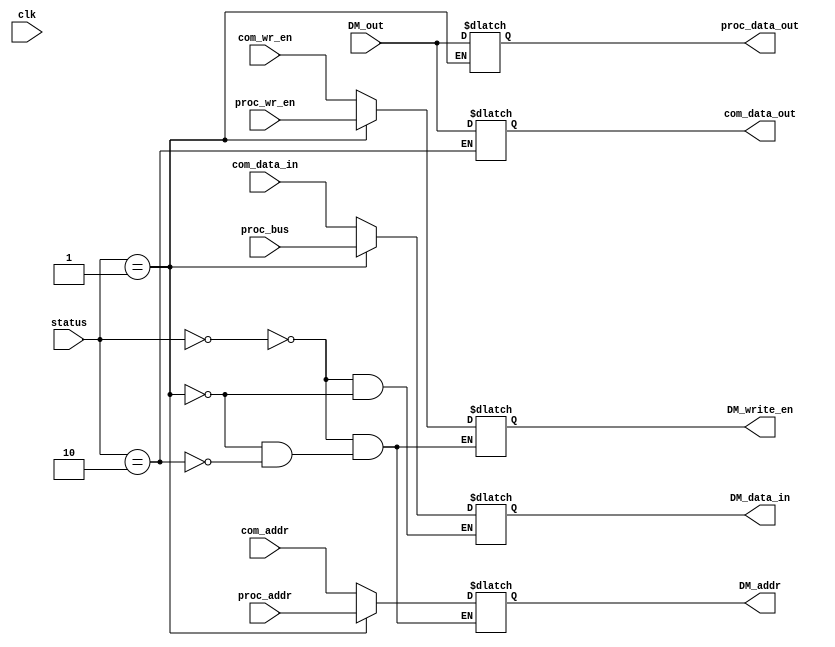
module selector(
    input clk,
    input [1:0]status,
    input [15:0]com_data_in,
    input [15:0]com_addr,
    input com_wr_en,
    input [15:0]proc_bus,
    input [15:0]proc_addr,
    input proc_wr_en,
    input [15:0]DM_out,

    output reg [15:0]DM_data_in,
    output reg [15:0]DM_addr,
    output reg DM_write_en,
    output reg [15:0]com_data_out,
    output reg [15:0]proc_data_out
);



    always @(*)begin
        case(status)
            2'b00: begin
                DM_data_in  = com_data_in;
                DM_addr     = com_addr;
                DM_write_en = com_wr_en;
            end

            2'b01: begin
                DM_data_in  = proc_bus;
                DM_addr     = proc_addr;
                DM_write_en = proc_wr_en;
                proc_data_out = DM_out;
            end

            2'b10: begin
                DM_addr     = com_addr;
                DM_write_en = com_wr_en;
                com_data_out = DM_out;
            end
        endcase
    end
endmodule